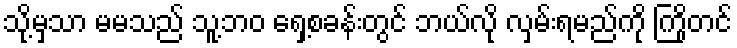
သို့မှသာ မမသည် သူ့ဘဝ ရှေ့စခန်းတွင် ဘယ်လို လှမ်းရမည်ကို ကြိုတင်